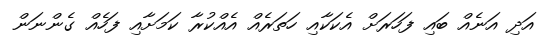
އަދި އަނެއް ބައި ފަހަރަށް އެކަކާއި ހަތަރެއް އެއްކުރާ ކަމަށާއި ފަހެއް ގެންނަން